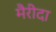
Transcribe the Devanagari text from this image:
मैरीदा